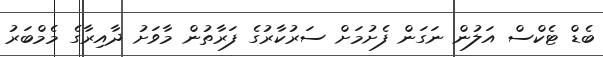
ބެޑް ޓެކްސް އަލުން ނަގަން ފެށުމަށް ސަރުކާރުގެ ފަރާތުން މާވަށު ދާއިރާގެ މެމްބަރު